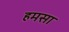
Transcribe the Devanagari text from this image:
हमसा